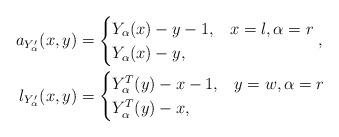
LaTeX: \begin{align*} a_{Y'_\alpha}(x,y) & = \begin{cases} Y_\alpha(x)-y-1, & x = l, \alpha = r \\ Y_\alpha(x)-y, & \end{cases}, \\ l_{Y'_\alpha}(x,y) & = \begin{cases} Y_\alpha^T(y)-x-1, & y = w, \alpha = r \\ Y_\alpha^T(y)-x, & \end{cases} \end{align*}